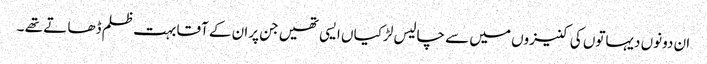
ان دونوں دیہاتوں کی کنیزوں میں سے چالیس لڑکیا ں ایسی تھیں جن پران کے آقا بہت ظلم ڈھا تے تھے ۔